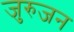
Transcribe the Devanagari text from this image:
जुरुजन